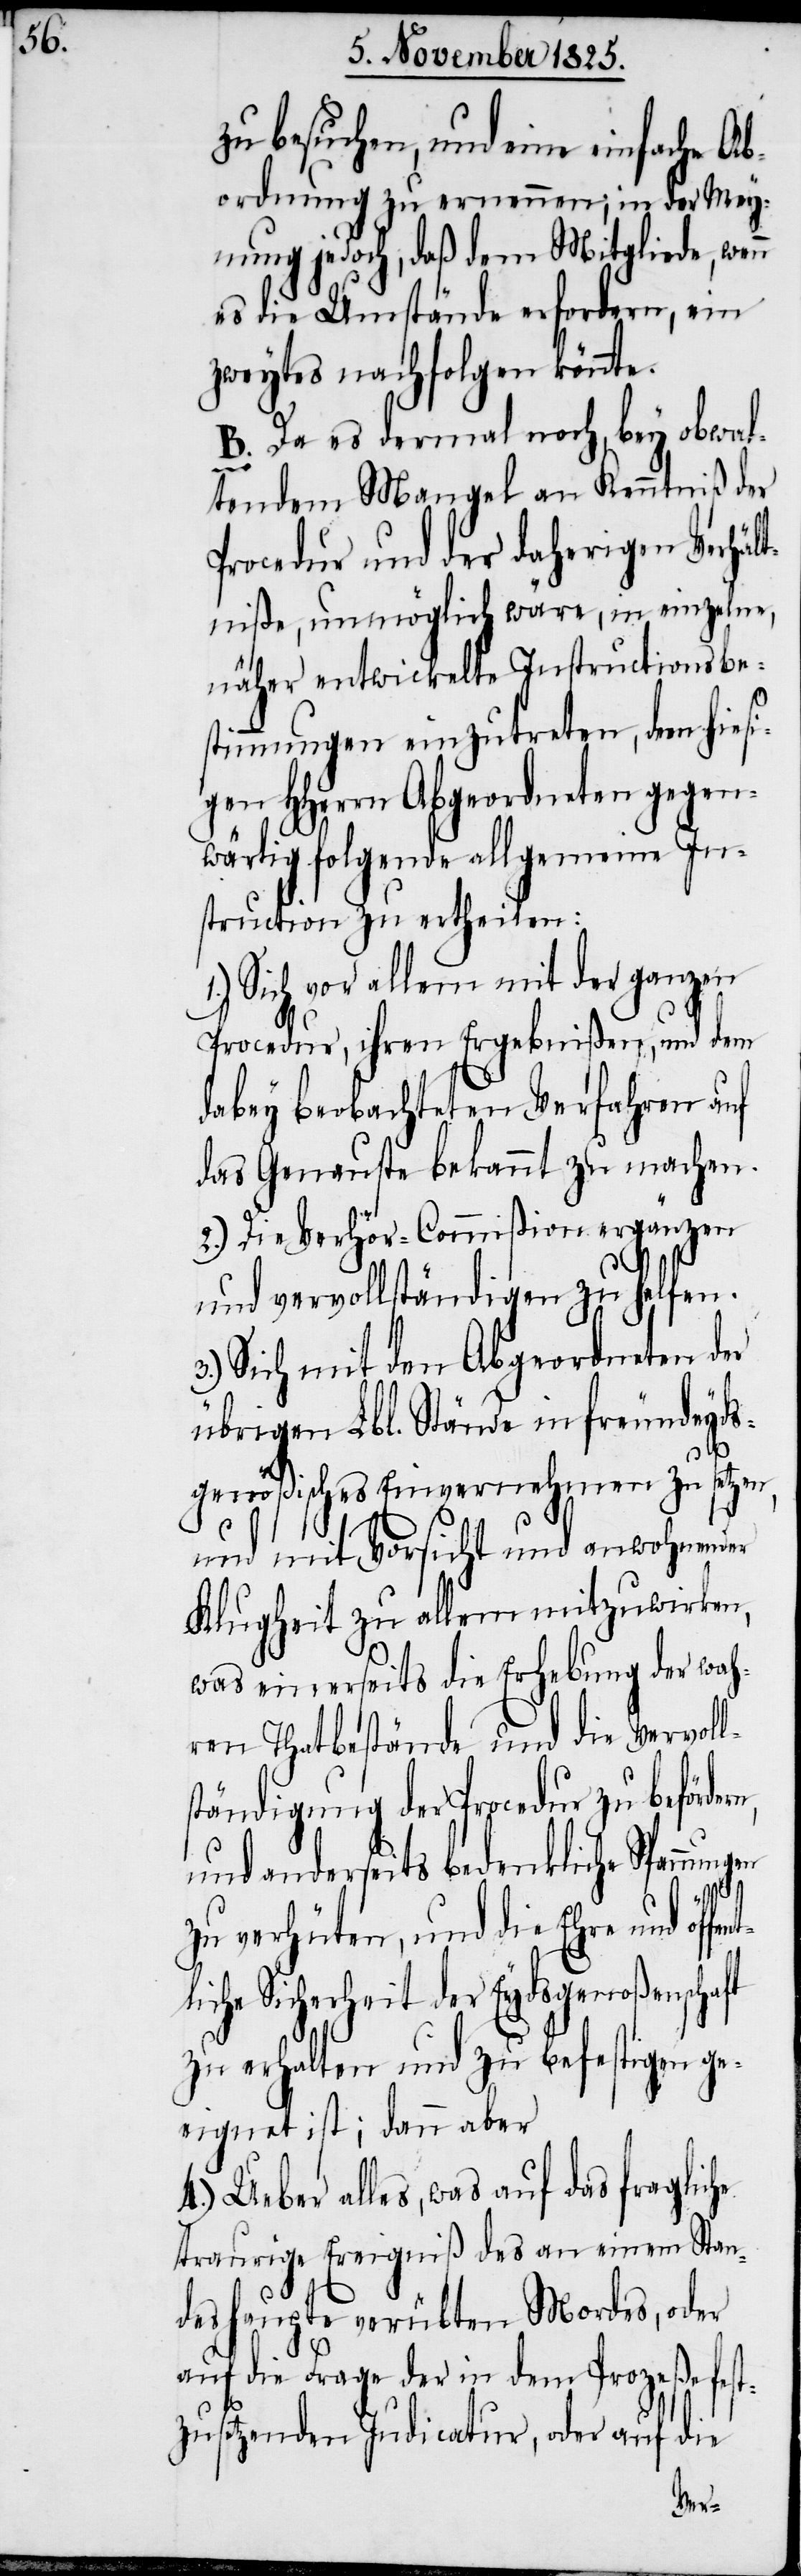
zu besuchen, und eine einfache Ab¬
ordnung zu ernennen; in der Mey¬
nung jedoch, daß dem Mitgliede, wenn
es die Umstände erfordern, ein
zweytes nachfolgen könnte.
B. Da es dermal noch, bey obwal¬
tendem Mangel an Kenntniß der
Procedur und der daherigen Verhäl¬
tniße, unmöglich wäre, in einzelne,
näher entwickelte Instructionsbe¬
stimmungen einzutreten, dem hiesi¬
gen HHerrn Abgeordneten gegen¬
wärtig folgende allgemeine In¬
struction zu ertheilen:
1.) Sich vor allem mit der ganzen
Procedur, ihren Ergebnißen, und dem
dabey beobachteten Verfahren auf
das Genauste bekannt zu machen.
2.) Die Verhör-Commißion ergänzen
und vervollständigen zu helfen.
Sich mit den Abgeordneten der
übrigen Lbl. Stände in freundeyds¬
genößisches Einvernehmen zu setzen,
und mit Vorsicht und anwohnender
Klugheit zu allem mitzuwirken,
was einerseits die Erhebung der wah¬
ren Thatbestände und die Vervoll¬
ständigung der Procedur zu beförde¬
und anderseits bedenkliche Spannu¬
ft
zu verhüten, und die Ehre und öffe¬
he Sicherheit der Eydsgenoßenscha¬
zu erhalten und zu befestigen ge¬
eignet ist; dann aber
4.) Ueber alles, was auf das fragliche
traurige Ereigniß des an einem Stan¬
deshaupte verübten Mordes, oder
auf die Frage der in dem Prozeße fest¬
zusetzenden Indicatur, oder auf die